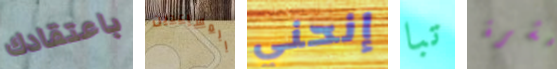
باعتقادك المساعدين إنحني تبا حشرة